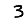
Digit: 3